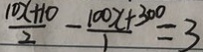
\frac { 1 0 x + 1 0 } { 2 } - \frac { 1 0 0 x + 3 0 0 } { 1 } = 3